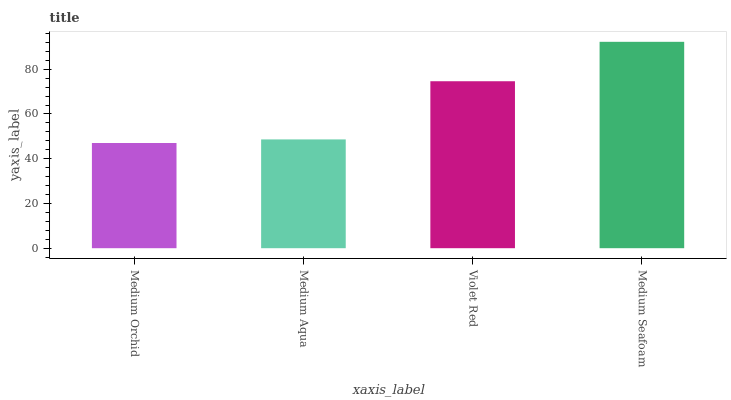
| xaxis_label | bars |
 | --- | --- |
 | Medium Orchid | 47 |
 | Medium Aqua | 48.6 |
 | Violet Red | 74.6 |
 | Medium Seafoam | 92.3 |